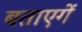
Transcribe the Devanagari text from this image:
बताएगें